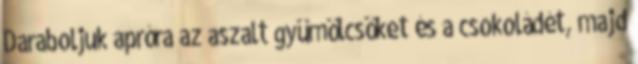
Daraboljuk apróra az aszalt gyümölcsöket és a csokoládét, majd